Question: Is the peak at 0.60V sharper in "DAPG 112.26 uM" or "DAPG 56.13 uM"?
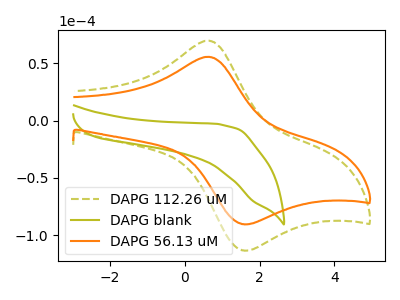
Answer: <think>The olive dashed curve "DAPG 112.26 uM" has an anodic peak at (0.60V, 69.75uA) and a cathodic peak at (1.55V, -113.10uA). The olive curve "DAPG blank" has no peaks. The orange curve "DAPG 56.13 uM" has an anodic peak at (0.60V, 55.65uA) and a cathodic peak at (1.55V, -90.25uA).</think>
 <answer>The peak at 0.60V is higher in "DAPG 112.26 uM" than in "DAPG 56.13 uM".</answer>
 <eval>higher</eval>